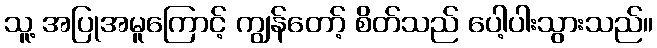
သူ့ အပြုအမူကြောင့် ကျွန်တော့် စိတ်သည် ပေါ့ပါးသွားသည်။